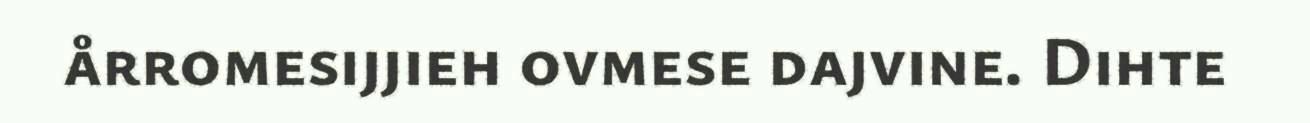
årromesijjieh ovmese dajvine. Dihte